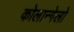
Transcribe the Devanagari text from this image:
कोलान्गेलो